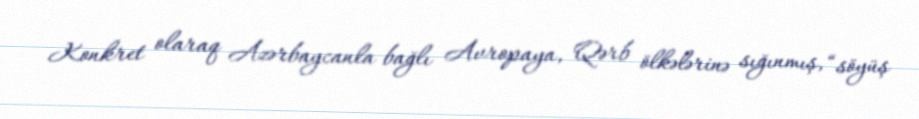
Konkret olaraq Azərbaycanla bağlı Avropaya, Qərb ölkələrinə sığınmış, “söyüş